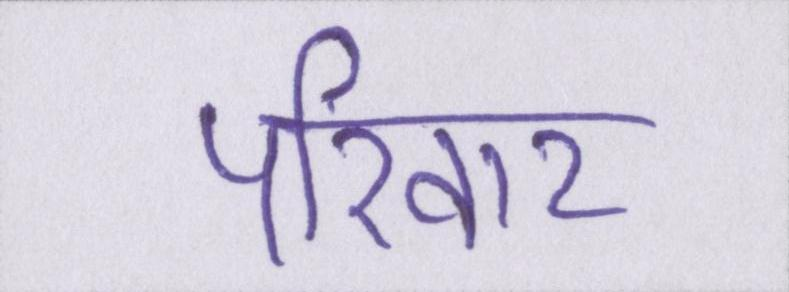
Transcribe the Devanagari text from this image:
परिवार